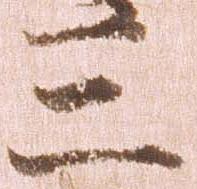
三